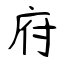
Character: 府